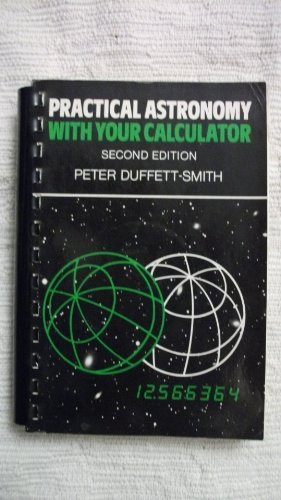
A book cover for Practical Astronomy with your Calculator; Peter Duffett-Smith; Sports & Outdoors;